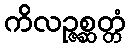
ကိလဉ္ဇစ္ဆတ္တံ